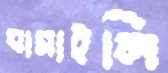
ঘামাইলি